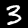
Label: 3